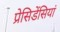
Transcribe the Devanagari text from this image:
प्रेसिडेंसियां